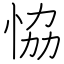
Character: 恊